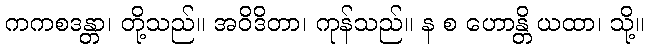
ကကစဒန္တာ၊ တို့သည်။ အဝိဒိတာ၊ ကုန်သည်။ န စ ဟောန္တိ ယထာ၊ သို့။